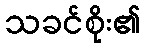
သခင်စိုး၏